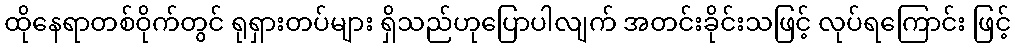
ထိုနေရာတစ်ဝိုက်တွင် ရုရှားတပ်များ ရှိသည်ဟုပြောပါလျက် အတင်းခိုင်းသဖြင့် လုပ်ရကြောင်း ဖြင့်